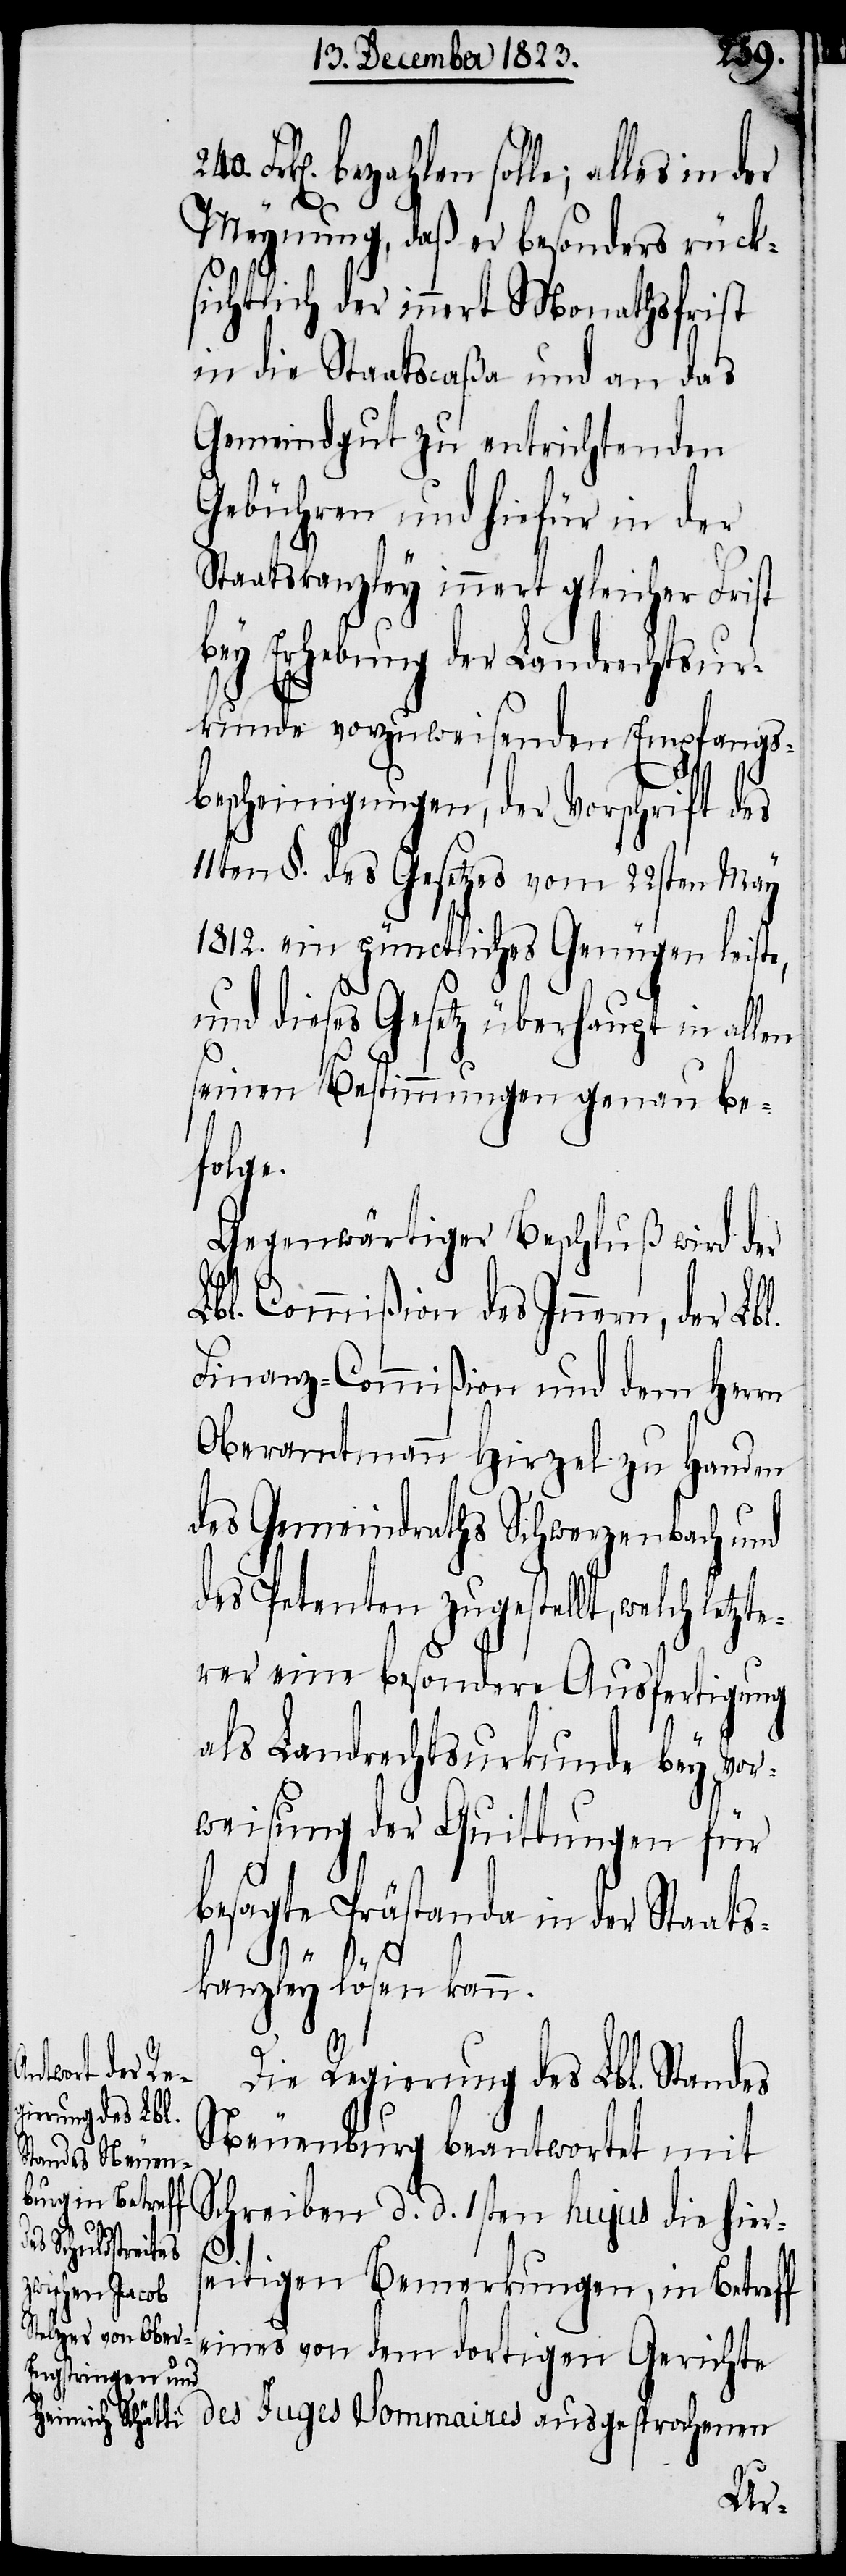
240.
Juges sommaires ausgesprochenen
Meynung, daß er besonders rück¬
sichtlich der innert Monathsfrist
in die Staatscaßa und an das
Gemeindgut zu entrichtenden
Gebühren und hiefür in der
Staatskanzley innert gleicher Frist
bey Erhebung der Landrechtsur¬
kunde vorzuweisenden Empfangs¬
bescheinigungen, der Vorschrift d¬
11ten §. des Gesetzes vom 22sten May
1812. ein pünctliches Genügen leiste,
und dieses Gesetz überhaupt in allen
seinen Bestimmungen genau be¬
folge.
Gegenwärtiger Beschluß wird der
Lbl. Commißion des Innern, der Lbl.
Finanz-Commißion und dem Herrn
Oberamtmann Hirzel zu Handen
des Gemeindraths Schwerzenbach und
des Petenten zugestellt, welch letzte¬
rer eine besondere Ausfertigung
als Landrechtsurkunde bey Vor¬
weisung der Quittungen für
besagte Prästanda in der Staats¬
des
kanzley lösen kann.
Die Regierung des Lbl. Standes
Neuenburg beantwortet mit
Schreiben d. d. 1sten hujus die hiers¬
eitigen Bemerkungen, in Betreff
eines von dem dortigen Gerichte